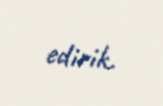
edirik.